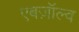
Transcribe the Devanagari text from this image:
एबज़ॉल्व